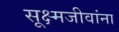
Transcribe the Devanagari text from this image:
सूक्ष्मजीवांना